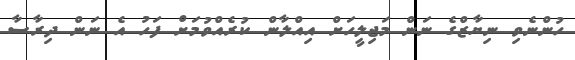
ހުންނެވި ނިޔާޒްގެ ނަން މަޖިލީހަށް އިއްލާން ކުރެއްވުމަށް ފަހު އެ ނަން ދިރާސާ